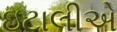
ઇટાલીએ